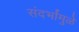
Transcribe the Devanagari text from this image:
संदर्भांमुळे